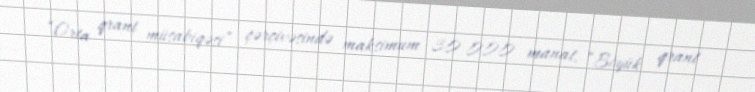
“Orta qrant müsabiqəsi” çərçivəsində maksimum 30 000 manat, “Böyük qrant